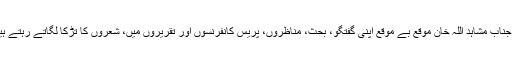
‘‘ جناب مشاہد اللہ خان موقع بے موقع اپنی گفتگو، بحث، مناظروں، پریس کانفرنسوں اور تقریروں میں، شعروں کا تڑکا لگاتے رہتے ہیں۔